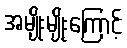
အမျိုးမျိုးကြောင့်